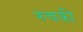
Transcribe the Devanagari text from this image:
रुचकी